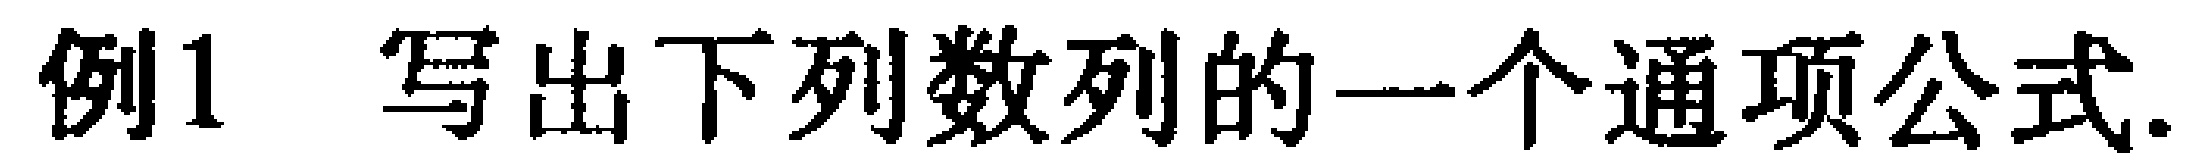
例1 写出下列数列的一个通项公式.